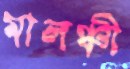
মালঞ্চী